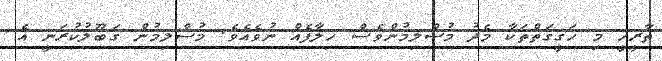
ތާރީހީ މި ހަގީގަތްތަކާ މެދު މުސްލިމުންވެސް ހިލާފެއް ނުވެއެވެ. މުސްލިމުން ގަބޫލުކުރަނީ އެ